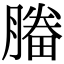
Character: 𣎒